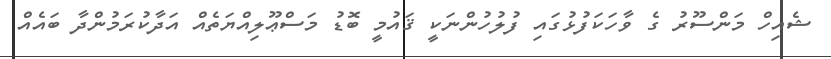
ޝެއިހް މަންސޫރު ގެ ވާހަކަފުޅުގައި ފުލުުހުންނަކީ ޤައުމީ ބޮޑު މަސްޢޫލިއްޔަތެއް އަދާކުރަމުންދާ ބައެއް